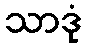
သာဒုံ